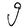
Character: g